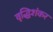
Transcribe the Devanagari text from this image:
वृद्धिशंकर